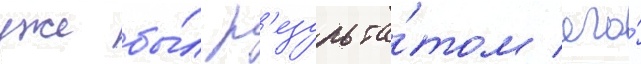
уже бы́л р'езульта́том его́